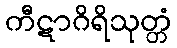
ကီဋာဂိရိသုတ္တံ